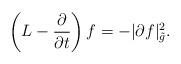
LaTeX: \begin{align*}\left(L-\frac{\partial}{\partial t}\right)f=-|\partial f|_{\tilde{g}}^{2}.\end{align*}